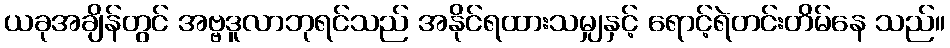
ယခုအချိန်တွင် အဗ္ဗဒူလာဘုရင်သည် အနိုင်ရထားသမျှနှင့် ရောင့်ရဲတင်းတိမ်နေ သည်။